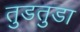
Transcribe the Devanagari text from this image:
तुडतुडा